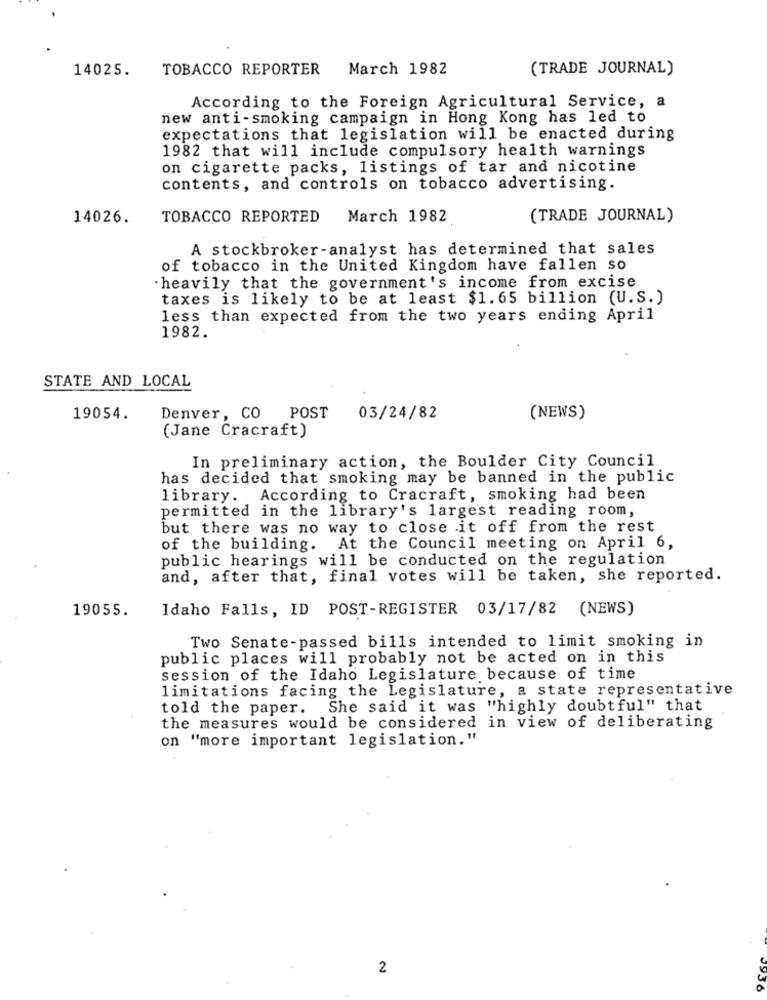
14025.
TOBACCO REPORTER March 1982
(TRADE JOURNAL)
According to the Foreign Agricultural Service, a
new anti-smoking campaign in Hong Kong has led to
expectations that legislation will be enacted during
1982 that will include compulsory health warnings
on cigarette packs, listings of tar and nicotine
contents, and controls on tobacco advertising.
14026.
TOBACCO REPORTED March 1982
(TRADE JOURNAL)
A stockbroker-analyst has determined that sales
of tobacco in the United Kingdom have fallen so
heavily that the government's income from excise
taxes is likely to be at least $1.65 billion (U.S.)
less than expected from the two years ending April
1982.
STATE AND LOCAL
19054.
Denver, CO POST
03/24/82
(NEWS)
(Jane Cracraft)
In preliminary action, the Boulder City Council
has decided that smoking may be banned in the public
library. According to Cracraft, smoking had been
permitted in the library's largest reading room,
but there was no way to close it off from the rest
of the building. At the Council meeting on April 6,
public hearings will be conducted on the regulation
and, after that, final votes will be taken, she reported.
19055.
Idaho Falls, ID POST-REGISTER 03/17/82 (NEWS)
Two Senate-passed bills intended to limit smoking in
public places will probably not be acted on in this
session of the Idaho Legislature because of time
limitations facing the Legislature, a state representative
told the paper. She said it was "highly doubtful" that
the measures would be considered in view of deliberating
on "more important legislation."
2